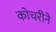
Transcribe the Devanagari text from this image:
कोचरीने